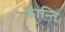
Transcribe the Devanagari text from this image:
क्रान्‍ति